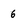
Character: 6